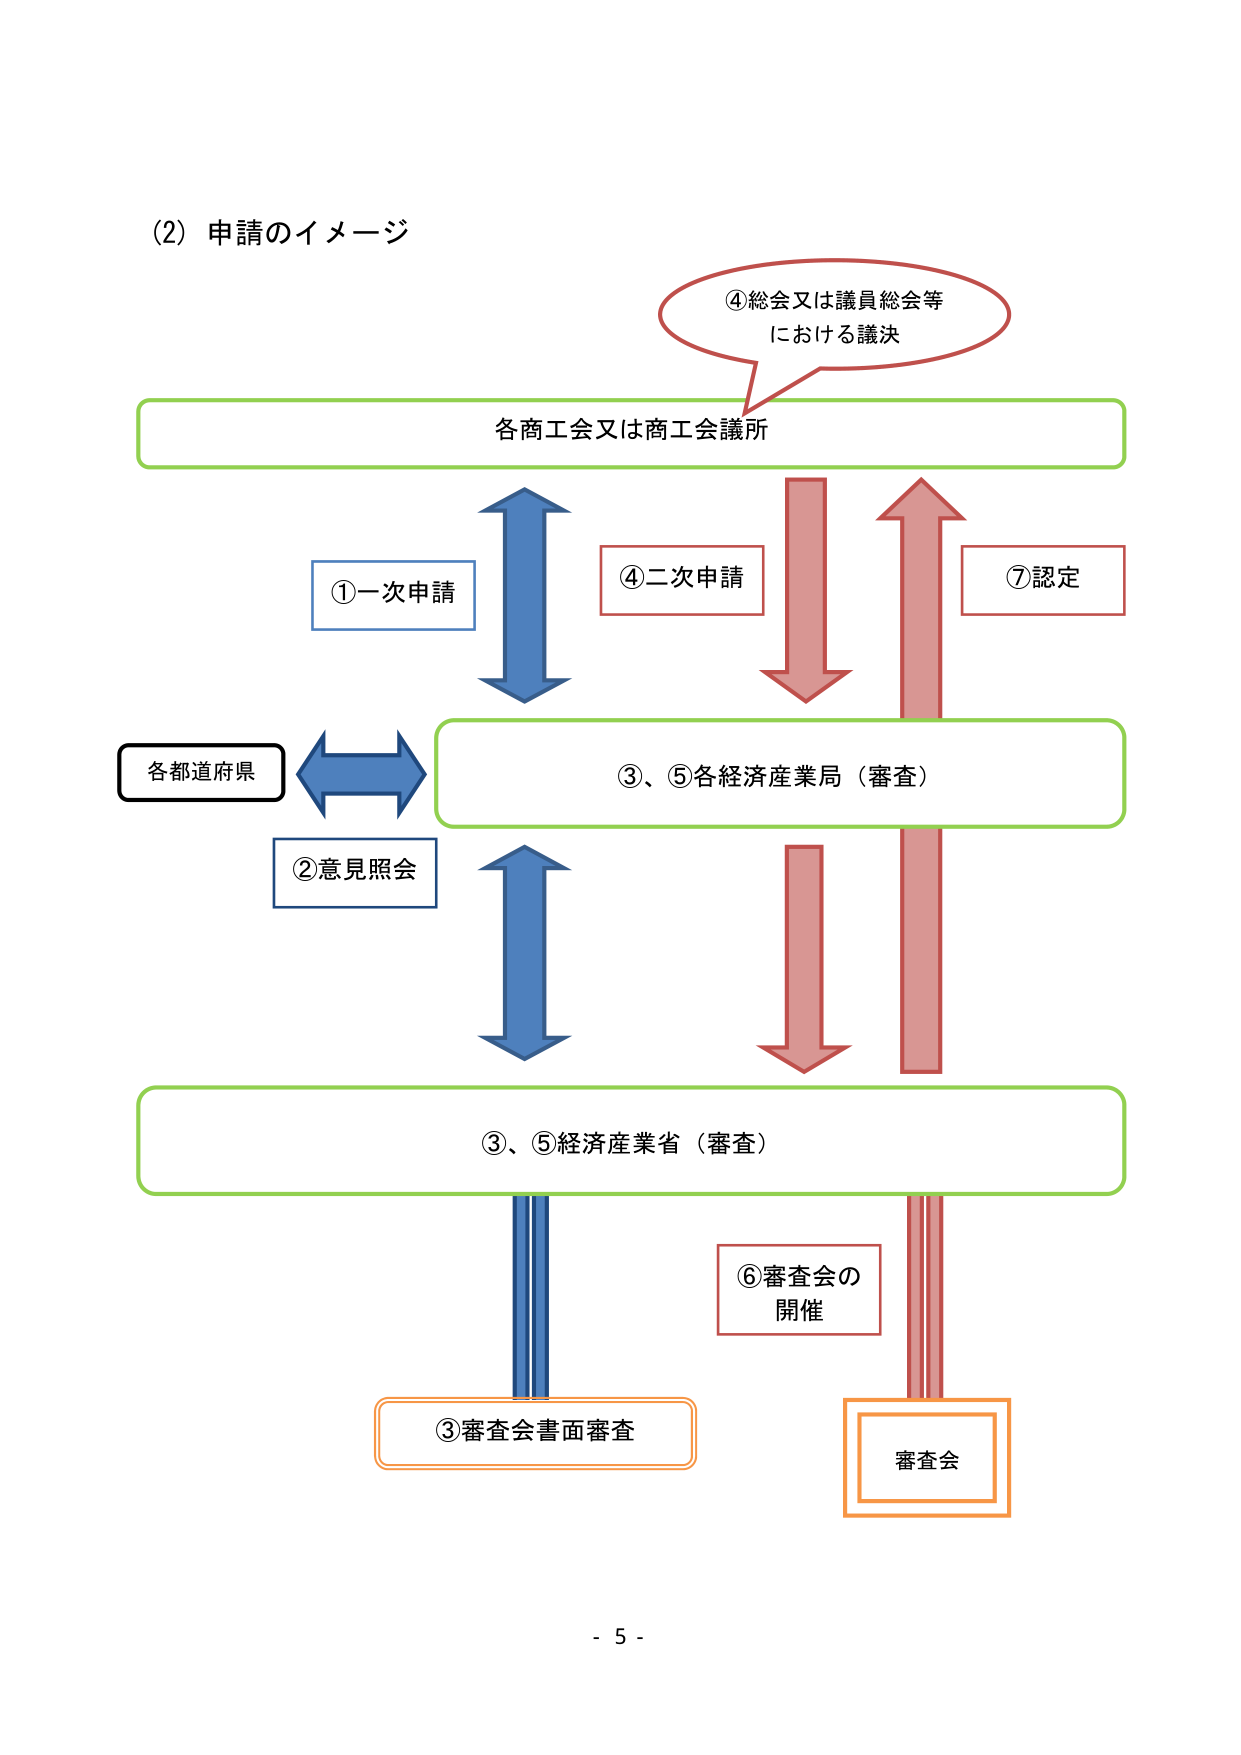
(2) 申請のイメージ

④総会又は議員総会等
における議決

各商工会又は商工会議所

①一次申請
④二次申請
⑦認定

各都道府県
②意見照会

③、⑤各経済産業局（審査）

③、⑤経済産業省（審査）

⑥審査会の
開催

③審査会書面審査
審査会

- 5 -